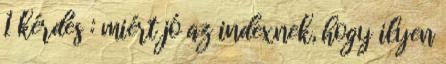
1 kérdés : miért jó az indexnek, hogy ilyen